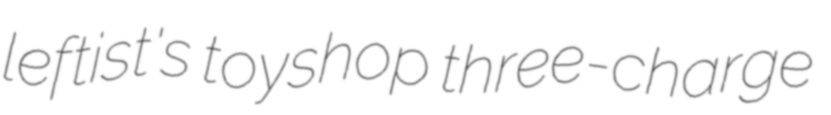
leftist's toyshop three-charge